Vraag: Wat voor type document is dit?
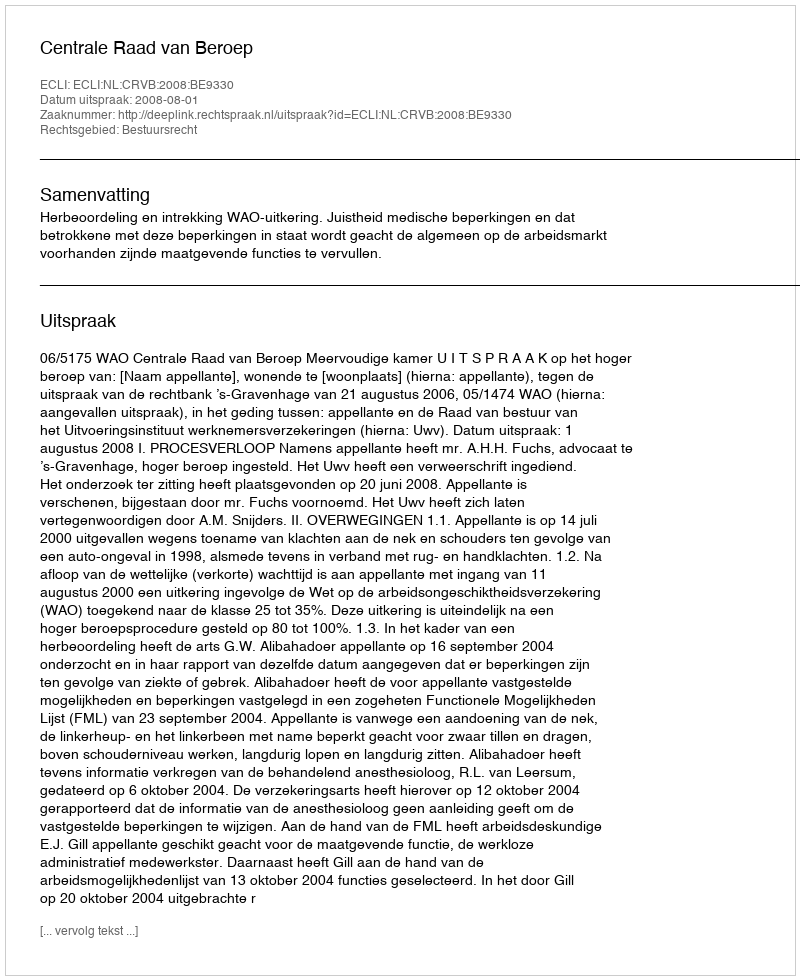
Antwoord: Uitspraak